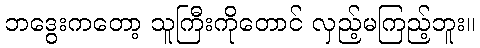
ဘဒွေးကတော့ သူကြီးကိုတောင် လှည့်မကြည့်ဘူး။